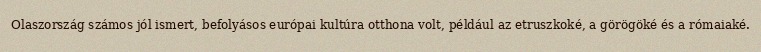
Olaszország számos jól ismert, befolyásos európai kultúra otthona volt, például az etruszkoké, a görögöké és a rómaiaké.